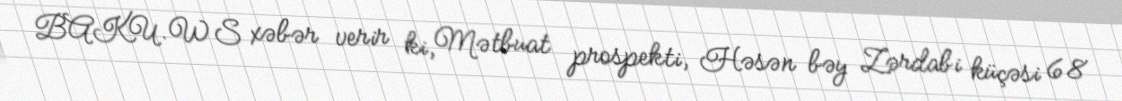
BAKU.WS xəbər verir ki, Mətbuat prospekti, Həsən bəy Zərdabi küçəsi 68